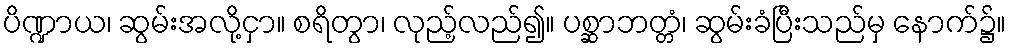
ပိဏ္ဍာယ၊ ဆွမ်းအလို့ငှာ။ စရိတွာ၊ လုည့်လည်၍။ ပစ္ဆာဘတ္တံ၊ ဆွမ်းခံပြီးသည်မှ နောက်၌။